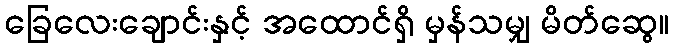
ခြေလေးချောင်းနှင့် အထောင်ရှိ မှန်သမျှ မိတ်ဆွေ။